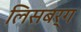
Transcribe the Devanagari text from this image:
लिसबर्ग